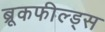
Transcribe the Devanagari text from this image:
ब्रूकफील्ड्स